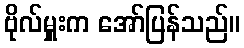
ဗိုလ်မှူးက အော်ပြန်သည်။